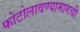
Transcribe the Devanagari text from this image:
फोटोलावण्यामागची